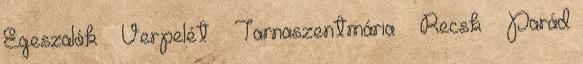
Egeszalók – Verpelét – Tarnaszentmária – Recsk – Parád